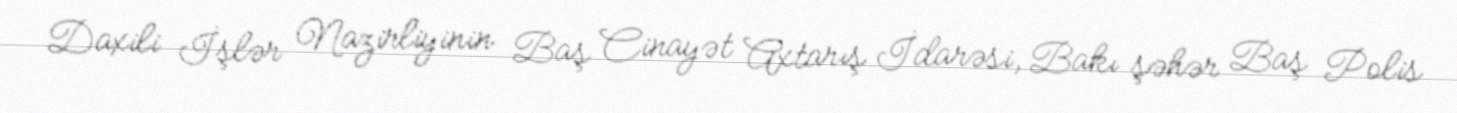
Daxili İşlər Nazirliyinin Baş Cinayət Axtarış İdarəsi, Bakı şəhər Baş Polis